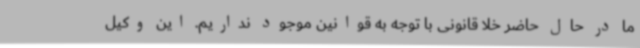
ما در حال حاضر خلا قانونی با توجه به قوانین موجود نداریم. این وکیل